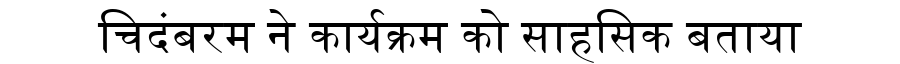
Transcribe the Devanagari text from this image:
चिदंबरम ने कार्यक्रम को साहसिक बताया